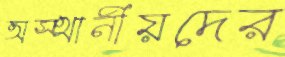
অস্থানীয়দের